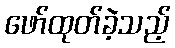
ဖော်ထုတ်ခဲ့သည့်